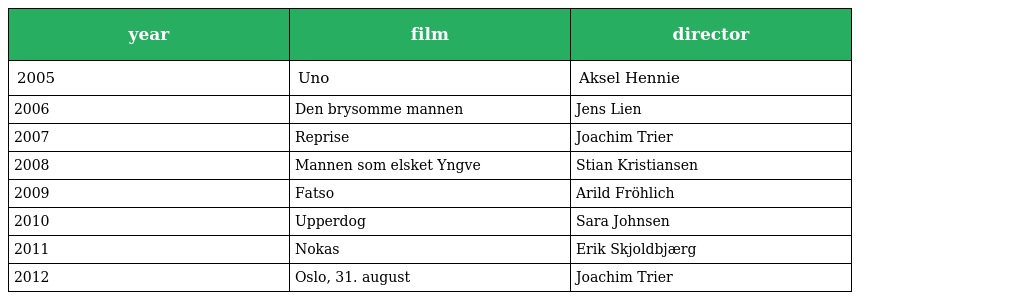
| year | film | director |
 | --- | --- | --- |
 | 2005 | Uno | Aksel Hennie |
 | 2006 | Den brysomme mannen | Jens Lien |
 | 2007 | Reprise | Joachim Trier |
 | 2008 | Mannen som elsket Yngve | Stian Kristiansen |
 | 2009 | Fatso | Arild Fröhlich |
 | 2010 | Upperdog | Sara Johnsen |
 | 2011 | Nokas | Erik Skjoldbjærg |
 | 2012 | Oslo, 31. august | Joachim Trier |